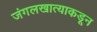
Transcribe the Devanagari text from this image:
जंगलखात्याकडून